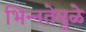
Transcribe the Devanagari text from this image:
भिन्‍नतेमुळे